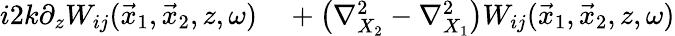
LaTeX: \begin{array}{rl}{i2k\partial_{z}W_{ij}(\vec{x}_{1},\vec{x}_{2},z,\omega)}&{{}+\left(\nabla_{X_{2}}^{2}-\nabla_{X_{1}}^{2}\right)W_{ij}(\vec{x}_{1},\vec{x}_{2},z,\omega)}\end{array}